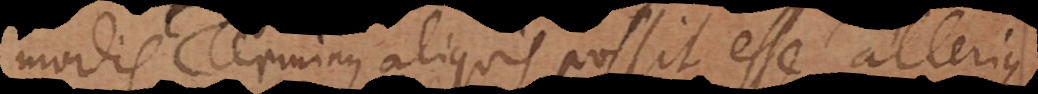
modis Terminus aliquis possit esse alterius